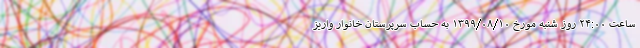
ساعت ۲۴:۰۰ روز شنبه مورخ ۱۳۹۹/۰۸/۱۰ به حساب سرپرستان خانوار واریز